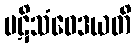
ပဋိသံဝေဒယတိ